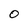
Character: O